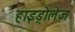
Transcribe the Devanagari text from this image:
हाइड्रोलेज़